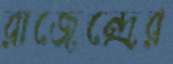
রাজেন্দ্রের